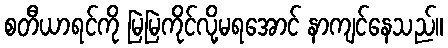
စတီယာရင်ကို မြဲမြဲကိုင်လို့မရအောင် နာကျင်နေသည်။